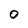
Character: O